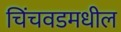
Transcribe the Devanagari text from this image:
चिंचवडमधील